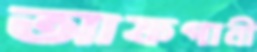
আফগানী